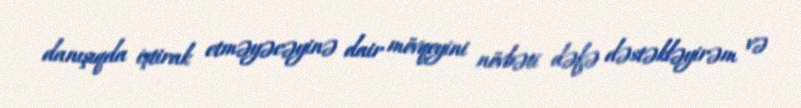
danışıqda iştirak etməyəcəyinə dair mövqeyini növbəti dəfə dəstəkləyirəm və